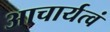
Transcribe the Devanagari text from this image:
आचार्यत्वं